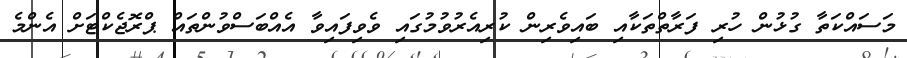
މަސައްކަތާ ގުޅުން ހުރި ފަރާތްތަކާއި ބައިވެރިން ކުރިއެރުވުމުގައި ވެވިފައިވާ އެއްބަސްވުންތައް ޕްރޮޖެކްޓަށް އެންމެ